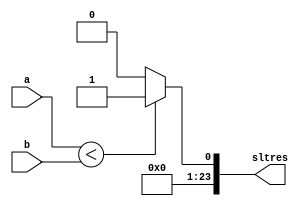
`timescale 1ns / 1ps
//////////////////////////////////////////////////////////////////////////////////
// Company: 
// Engineer: 
// 
// Design Name: 
// Module Name: compare
// Project Name: 
// Target Devices: 
// Tool Versions: 
// Description: 
// 
// Dependencies: 
// 
// Revision:
// Revision 0.01 - File Created
// Additional Comments:
// 
//////////////////////////////////////////////////////////////////////////////////
module compare(input[23:0]a,b,output reg[23:0]sltres);
always@(*)
begin
if (a<b) sltres=24'b0 + 24'b1;
else sltres=24'b0;
end
endmodule